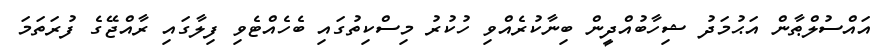
އައްސުލްޠާން އަޙުމަދު ޝިހާބުއްދީން ބިނާކުރެއްވި ހުކުރު މިސްކިތުގައި ބެހެއްޓެވި ފިލާގައި ރާއްޖޭގެ ފުރަތަމަ